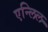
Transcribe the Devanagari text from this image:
एन्लिल